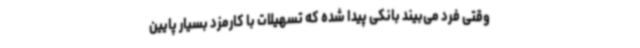
وقتی فرد می‌بیند بانکی پیدا شده که تسهیلات با کارمزد بسیار پایین